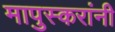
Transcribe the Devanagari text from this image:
मापुस्करांनी